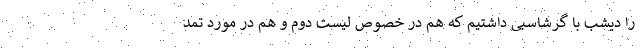
را دیشب با گرشاسبی داشتیم که هم در خصوص لیست دوم و هم در مورد تمد